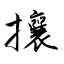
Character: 攘